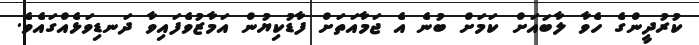
ކުރުދީންގެ ހެވާ ލާބައަށް ކަމަށް ބުނެ އެ ޖަމާއަތަށް ފާޑުކިޔުން އަމާޒުވެފައިވާ ދަނޑިވަޅެއްގައެވެ.